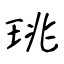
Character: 珧